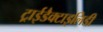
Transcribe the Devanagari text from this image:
ट्राईडैक्टाइलिडी